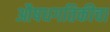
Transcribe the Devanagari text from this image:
औषधगतिकीचा